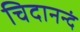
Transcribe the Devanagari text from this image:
चिदानन्दं